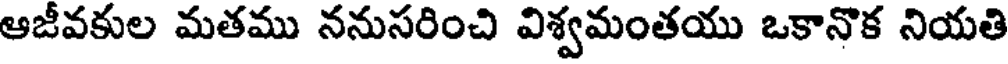
ఆజీవకుల మతము ననుసరించి విశ్వమంతయు ఒకానొక నియతి